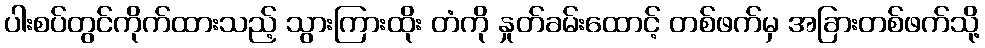
ပါးစပ်တွင်ကိုက်ထားသည့် သွားကြားထိုး တံကို နှုတ်ခမ်းထောင့် တစ်ဖက်မှ အခြားတစ်ဖက်သို့